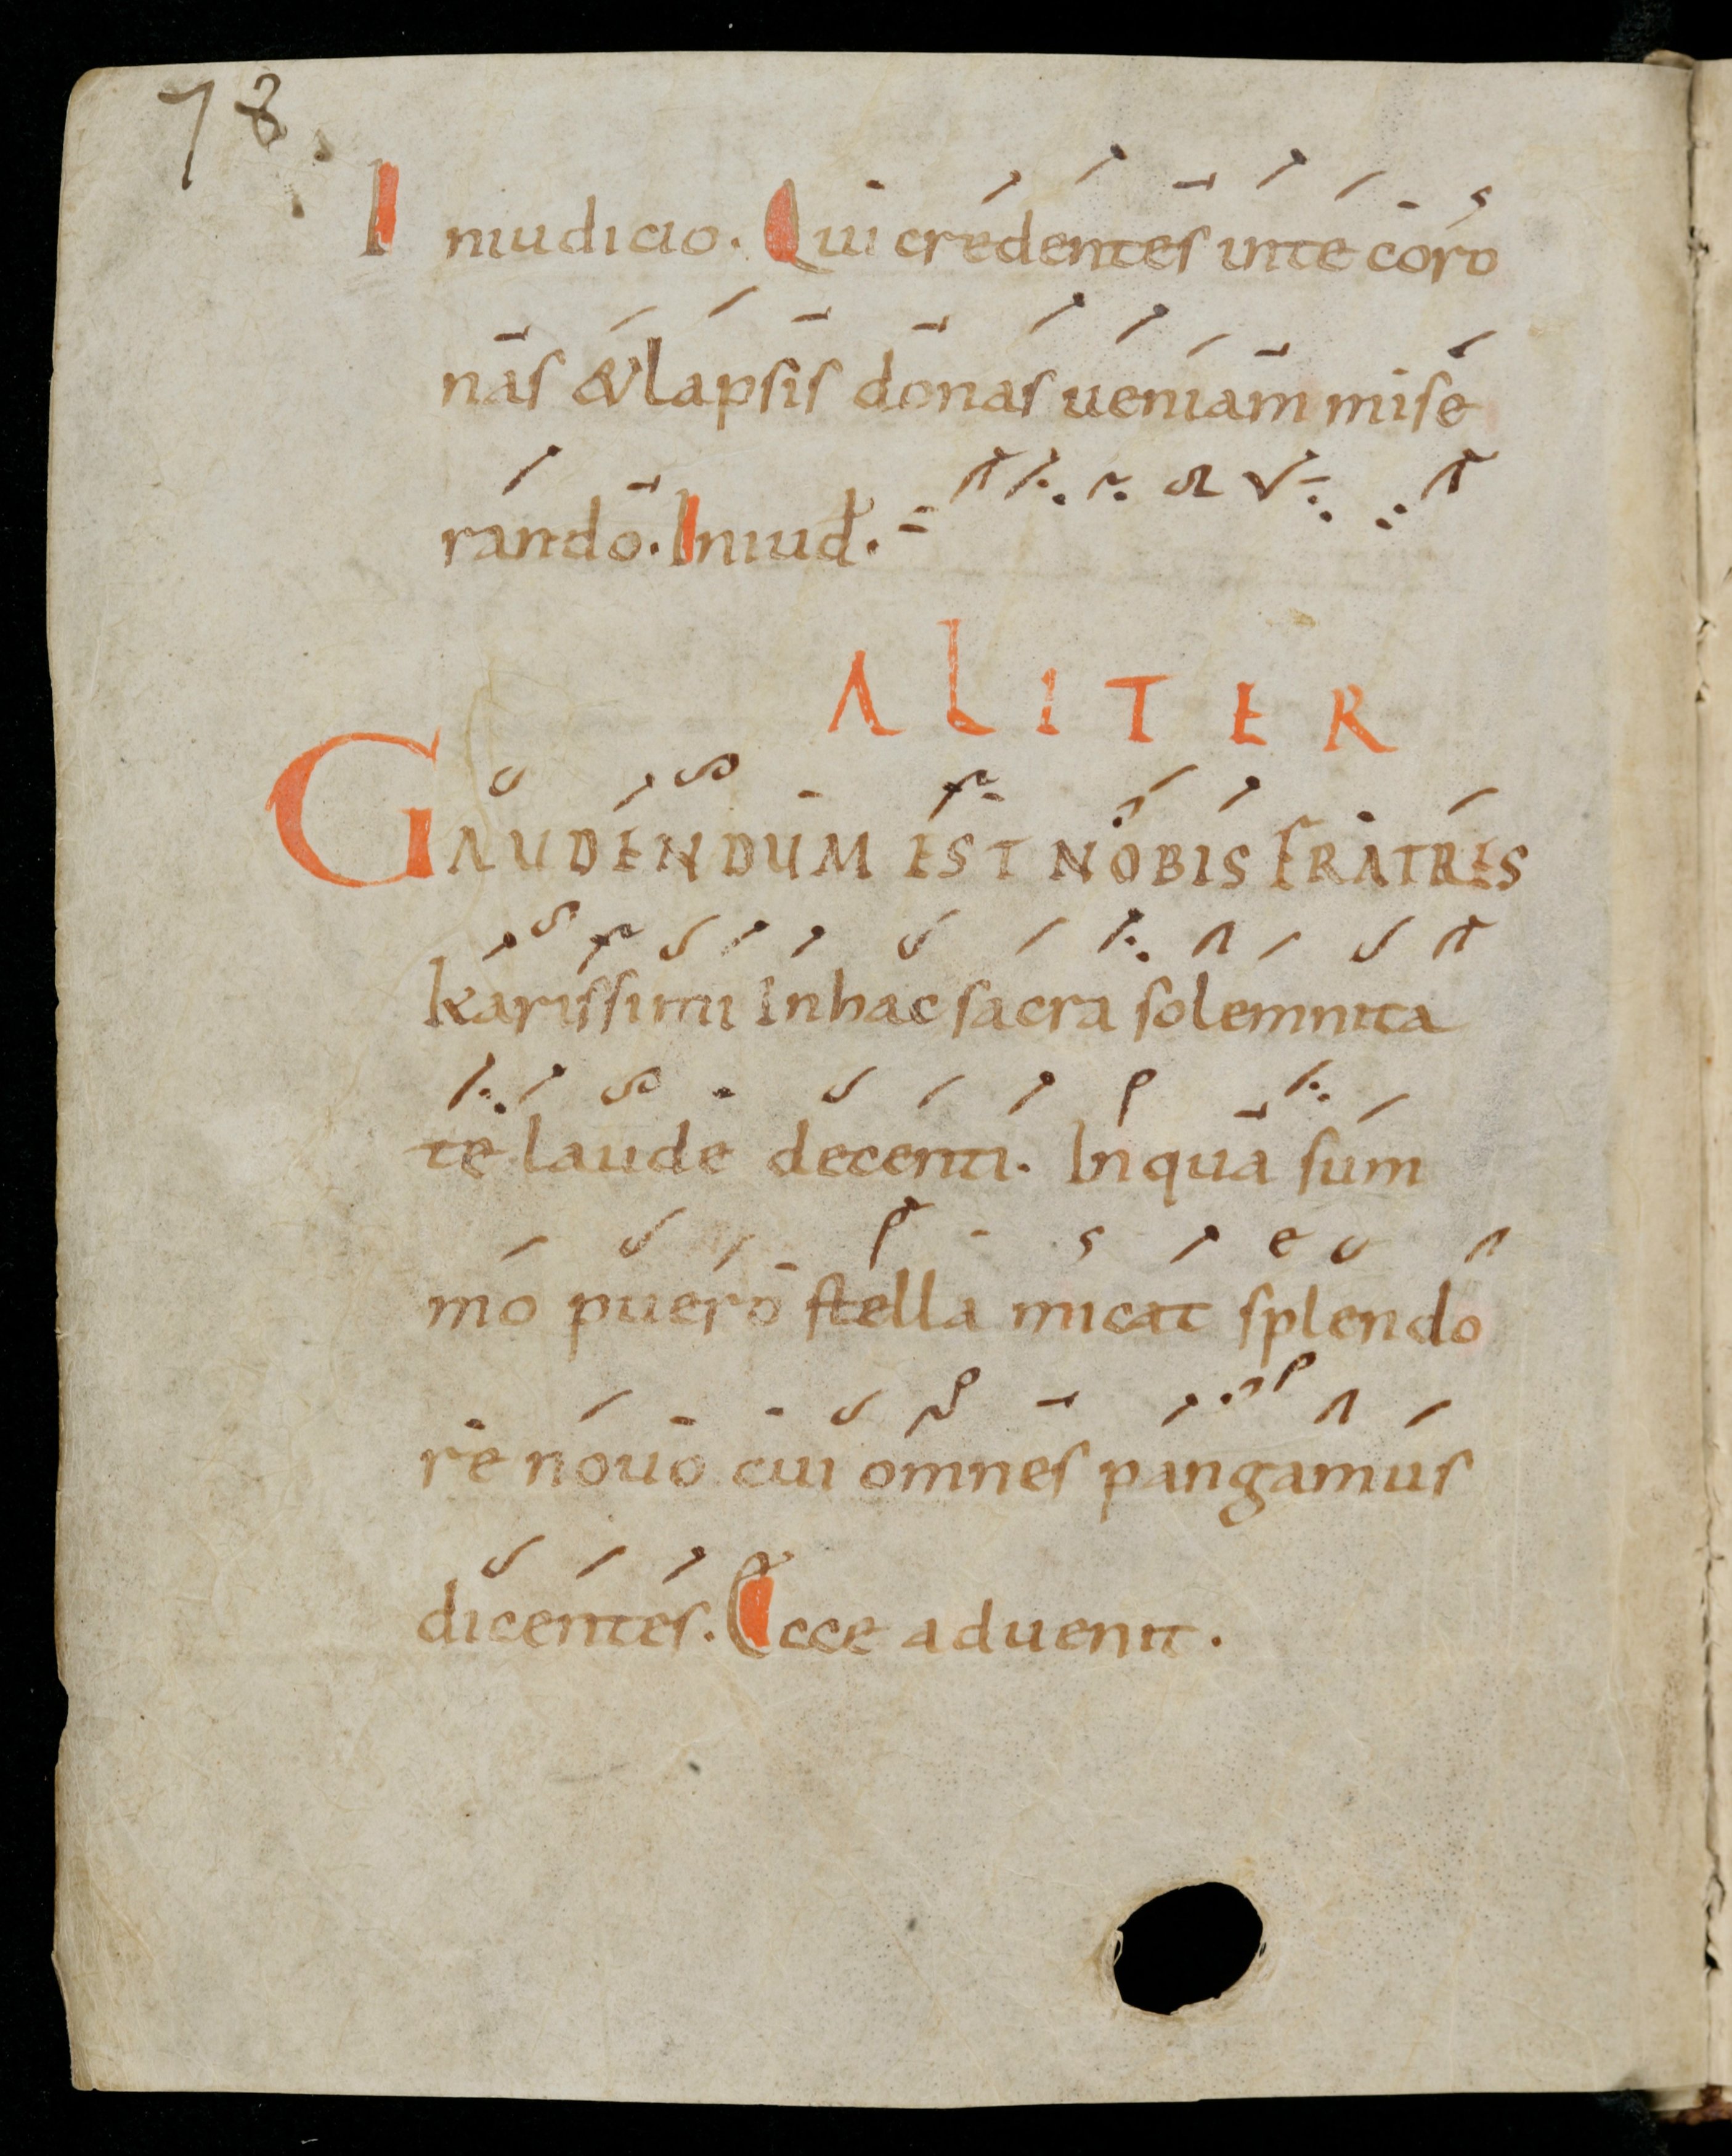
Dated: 900–999